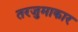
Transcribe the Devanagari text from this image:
तरजुमाकार